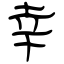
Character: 幸